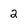
Character: 2